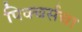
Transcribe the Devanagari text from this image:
पिक्चर्सचा